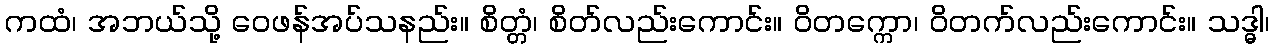
ကထံ၊ အဘယ်သို့ ဝေဖန်အပ်သနည်း။ စိတ္တံ၊ စိတ်လည်းကောင်း။ ဝိတက္ကော၊ ဝိတက်လည်းကောင်း။ သဒ္ဓါ၊